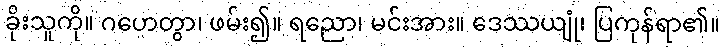
ခိုးသူကို။ ဂဟေတွာ၊ ဖမ်း၍။ ရညော၊ မင်းအား။ ဒေဿယျုံ၊ ပြကုန်ရာ၏။